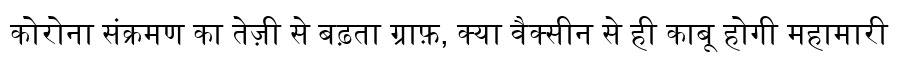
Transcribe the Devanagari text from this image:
कोरोना संक्रमण का तेज़ी से बढ़ता ग्राफ़, क्या वैक्सीन से ही काबू होगी महामारी